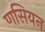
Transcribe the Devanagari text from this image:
णसियन